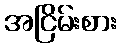
အငြိမ်းစား